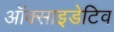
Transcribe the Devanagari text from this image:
ऑक्साइडेटिव